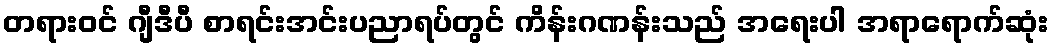
တရားဝင် ဂျီဒီပီ စာရင်းအင်းပညာရပ်တွင် ကိန်းဂဏန်းသည် အရေးပါ အရာရောက်ဆုံး